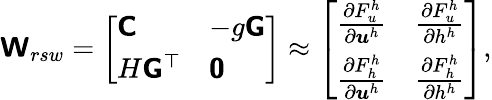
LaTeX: \boldsymbol{\mathsf{W}}_{rsw}=\left[\begin{array}{ll}{\boldsymbol{\mathsf{C}}}&{-g\boldsymbol{\mathsf{G}}}\\ {H\boldsymbol{\mathsf{G}}^{\top}}&{\boldsymbol{\mathsf{0}}}\end{array}\right]\approx\left[\begin{array}{ll}{\frac{\partial F_{u}^{h}}{\partial\boldsymbol{u}^{h}}}&{\frac{\partial F_{u}^{h}}{\partial h^{h}}}\\ {\frac{\partial F_{h}^{h}}{\partial\boldsymbol{u}^{h}}}&{\frac{\partial F_{h}^{h}}{\partial h^{h}}}\end{array}\right],